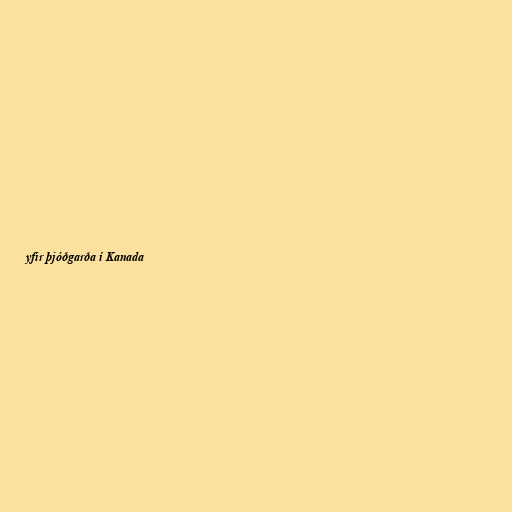
yfir þjóðgarða í Kanada